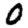
Digit: 0